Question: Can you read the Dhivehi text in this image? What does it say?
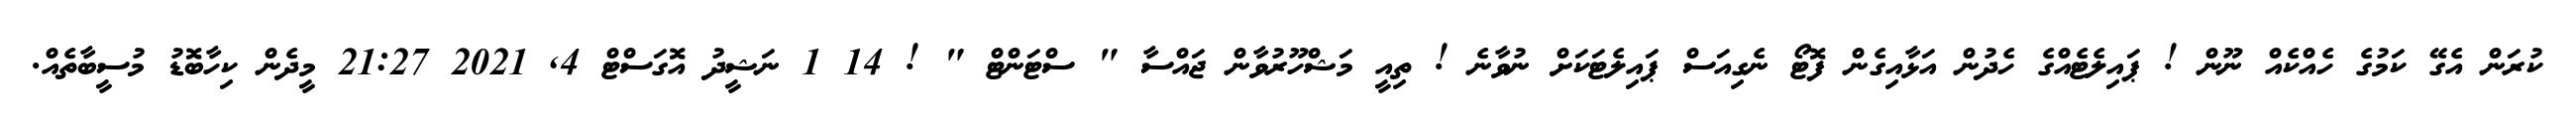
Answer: ކުރަން އެގޭ ކަމުގެ ހެއްކެއް ނޫން ! ޕައިލެޓެއްގެ ހެދުން އަޅާއިގެން ފޮޓޯ ނެގިއަސް ޕައިލެޓަކަށް ނުވާނެ ! ތިއީ މަޝްހޫރުވާން ޖައްސާ " ސްޓަންޓް " ! 14 1 ނަޝީދު އޮގަސްޓް 4, 2021 21:27 މީދެން ކިހާބޮޑު މުސީބާތެއް.